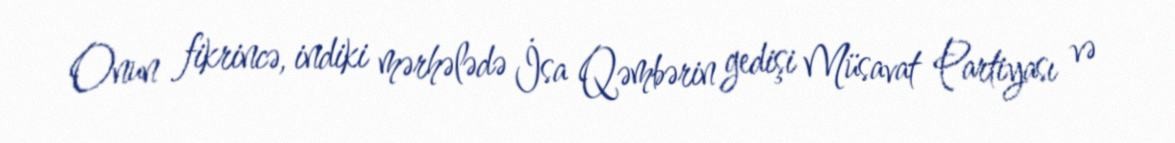
Onun fikrincə, indiki mərhələdə İsa Qəmbərin gedişi Müsavat Partiyası və